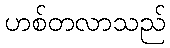
ဟစ်တလာသည်